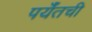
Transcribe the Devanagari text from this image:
पर्यँतची